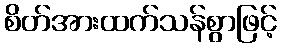
စိတ်အားထက်သန်စွာဖြင့်